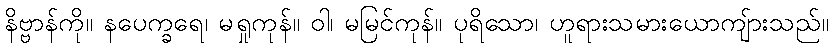
နိဗ္ဗာန်ကို။ နပေက္ခရေ၊ မရှုကုန်။ ဝါ၊ မမြင်ကုန်။ ပုရိသော၊ ဟူရားသမားယောကျ်ားသည်။